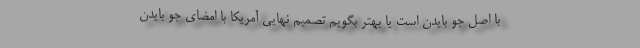
با اصل جو بایدن است یا بهتر بگویم تصمیم نهایی آمریکا با امضای جو بایدن